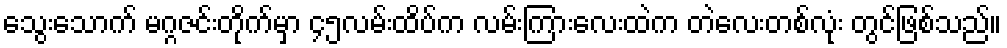
သွေးသောက် မဂ္ဂဇင်းတိုက်မှာ ၄၅လမ်းထိပ်က လမ်းကြားလေးထဲက တဲလေးတစ်လုံး တွင်ဖြစ်သည်။